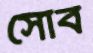
সোব